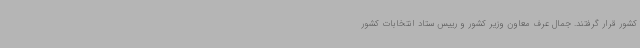
کشور قرار گرفتند. جمال عرف معاون وزیر کشور و رییس ستاد انتخابات کشور